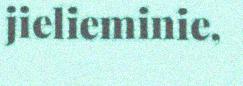
jielieminie,